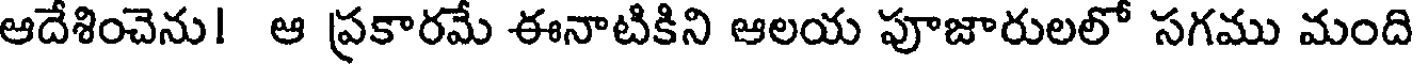
ఆదేశించెను! ఆ ప్రకారమే ఈనాటికిని ఆలయ పూజారులలో సగము మంది